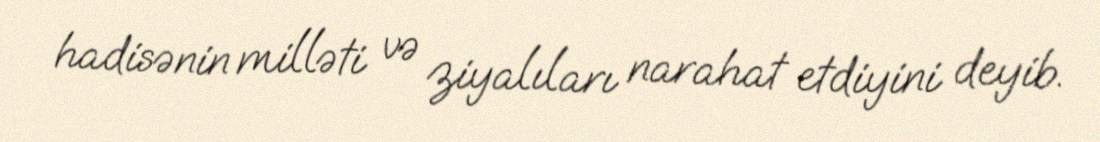
hadisənin milləti və ziyalıları narahat etdiyini deyib.